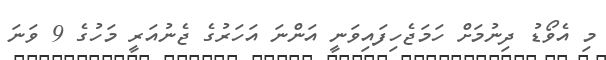
މި އެވޯޑު ދިނުމަށް ހަމަޖެހިފައިވަނީ އަންނަ އަހަރުގެ ޖެނުއަރީ މަހުގެ 9 ވަނަ